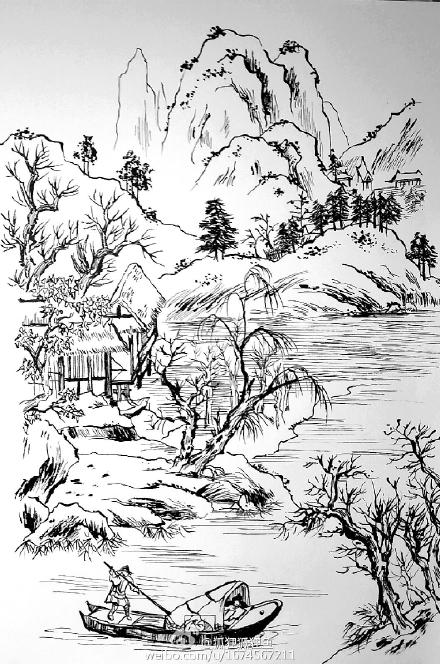
共眠一舸听秋雨，小簟轻衾各自寒。